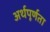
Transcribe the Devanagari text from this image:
अर्थपूर्णता